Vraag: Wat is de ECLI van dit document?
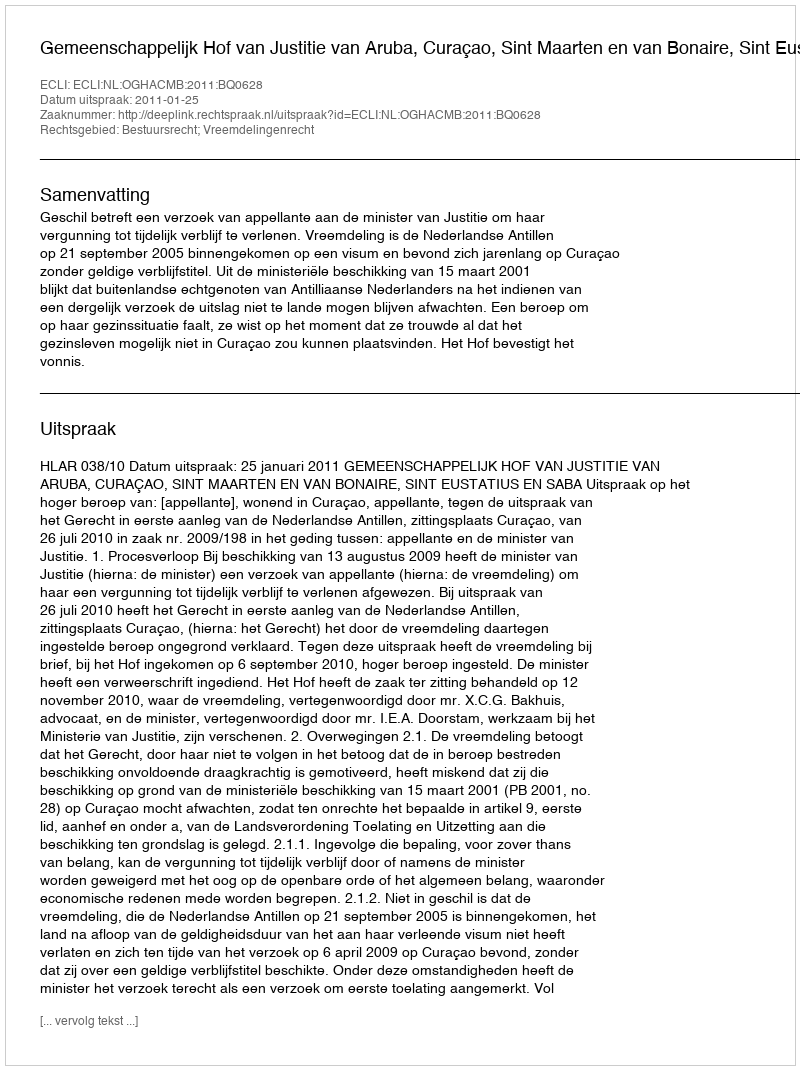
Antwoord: ECLI:NL:OGHACMB:2011:BQ0628